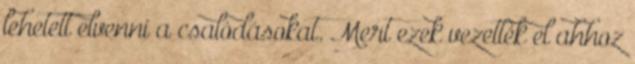
lehetett elvenni a csalódásokat. Mert ezek vezették el ahhoz